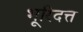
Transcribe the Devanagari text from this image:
भूरिदत्त